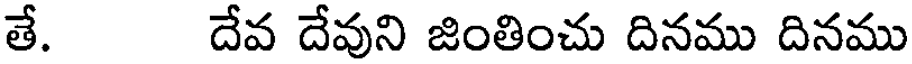
తే. దేవ దేవుని జింతించు దినము దినము